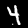
Digit: 4